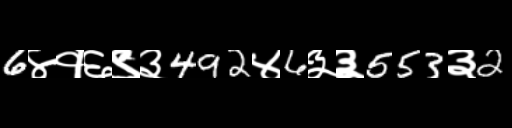
Text: 6४१६९३492४6३३553३2